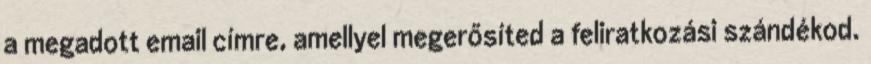
a megadott email címre, amellyel megerősíted a feliratkozási szándékod.